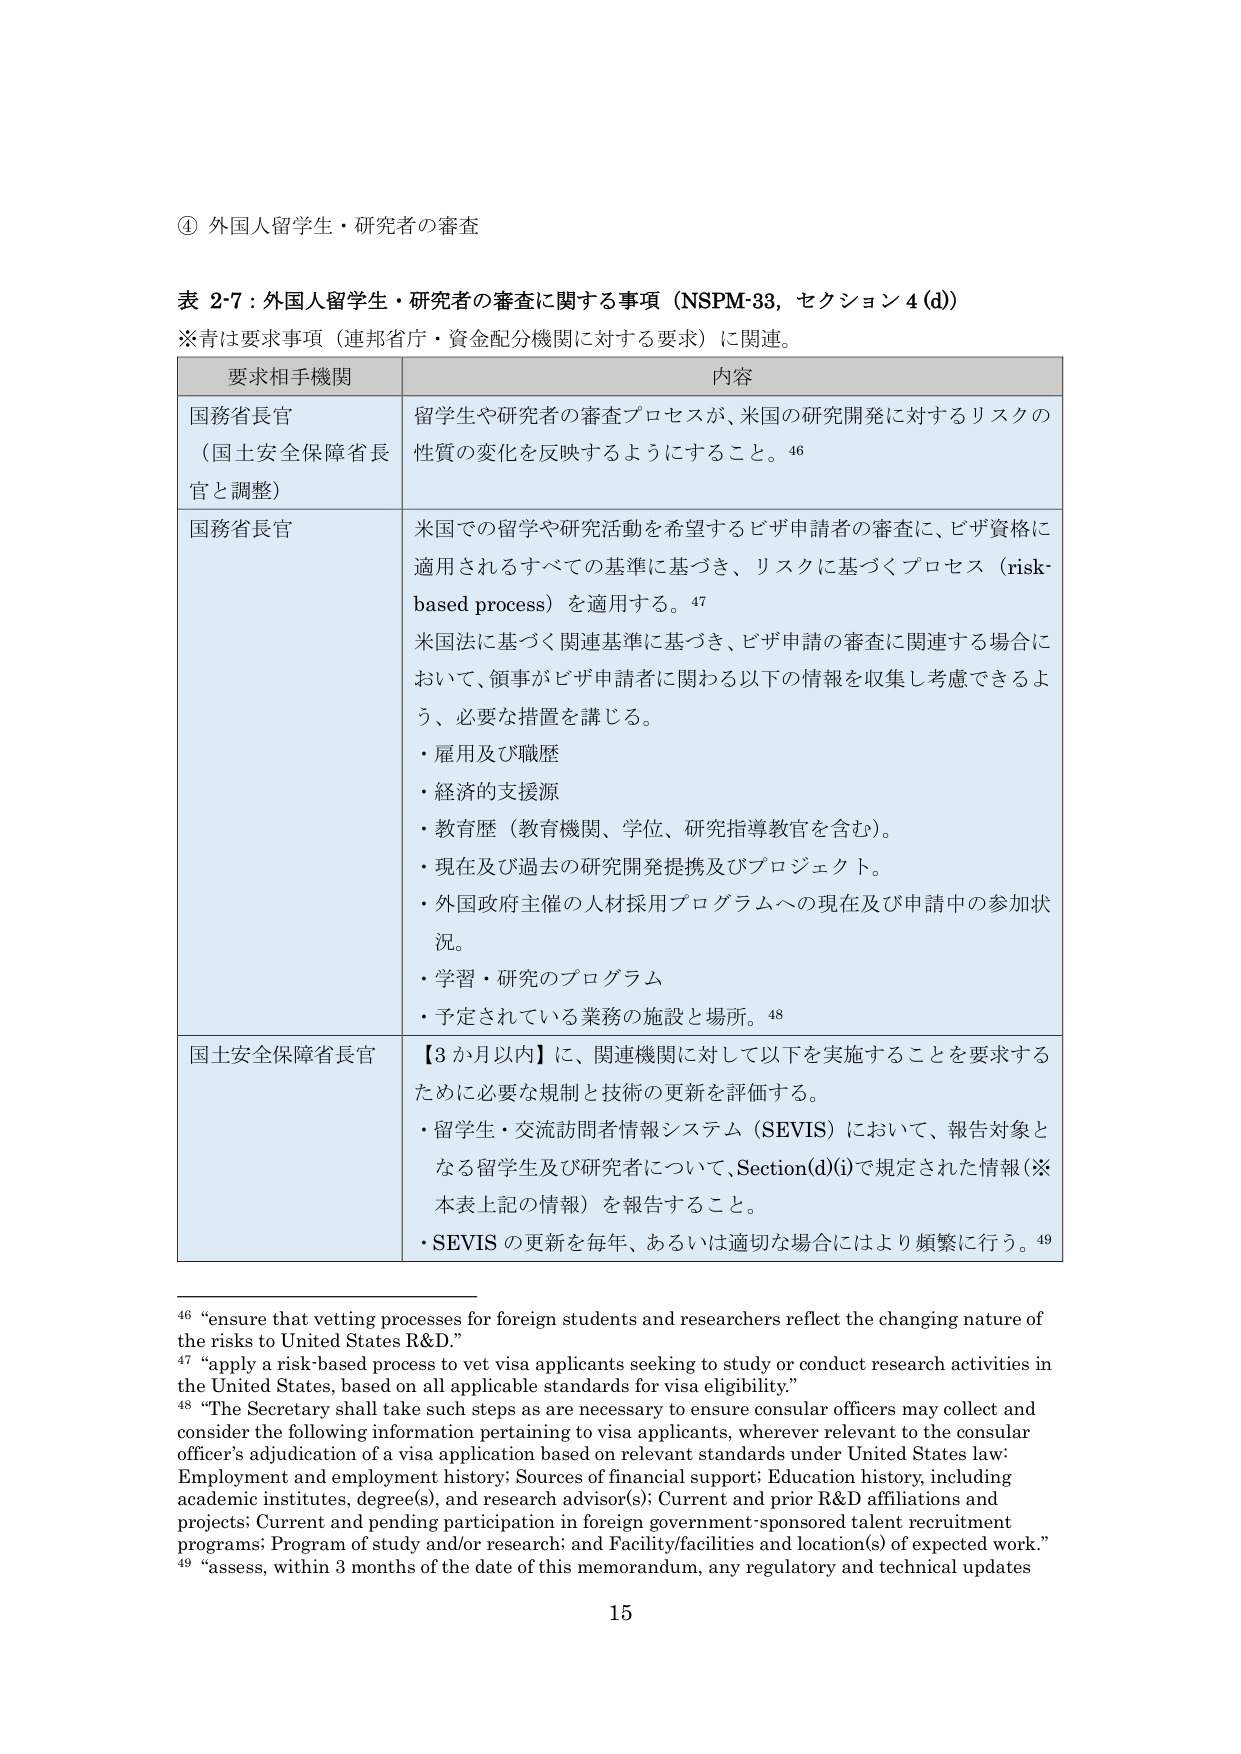
④ 外国人留学生・研究者の審査

表 2-7：外国人留学生・研究者の審査に関する事項（NSPM-33，セクション 4 (d)）
※青は要求事項（連邦省庁・資金配分機関に対する要求）に関連。

要求相手機関 内容
国務省長官 （国土安全保障省長官と調整） 留学生や研究者の審査プロセスが、米国の研究開発に対するリスクの性質の変化を反映するようにすること。46
国務省長官 米国での留学や研究活動を希望するビザ申請者の審査に、ビザ資格に適用されるすべての基準に基づき、リスクに基づくプロセス（risk-based process）を適用する。47
米国法に基づく関連基準に基づき、ビザ申請の審査に関連する場合において、領事がビザ申請者に関わる以下の情報を収集し考慮できるよう、必要な措置を講じる。
・雇用及び職歴
・経済的支援源
・教育歴（教育機関、学位、研究指導教官を含む）。
・現在及び過去の研究開発提携及びプロジェクト。
・外国政府主催の人材採用プログラムへの現在及び申請中の参加状況。
・学習・研究のプログラム
・予定されている業務の施設と場所。48
国土安全保障省長官 【3か月以内】に、関連機関に対して以下を実施することを要求するために必要な規制と技術の更新を評価する。
・留学生・交流訪問者情報システム（SEVIS）において、報告対象となる留学生及び研究者について、Section(d)(i)で規定された情報（※本表上記の情報）を報告すること。
・SEVIS の更新を毎年、あるいは適切な場合にはより頻繁に行う。49

46 “ensure that vetting processes for foreign students and researchers reflect the changing nature of the risks to United States R&D.”
47 “apply a risk-based process to vet visa applicants seeking to study or conduct research activities in the United States, based on all applicable standards for visa eligibility.”
48 “The Secretary shall take such steps as are necessary to ensure consular officers may collect and consider the following information pertaining to visa applicants, wherever relevant to the consular officer’s adjudication of a visa application based on relevant standards under United States law: Employment and employment history; Sources of financial support; Education history, including academic institutes, degree(s), and research advisor(s); Current and prior R&D affiliations and projects; Current and pending participation in foreign government-sponsored talent recruitment programs; Program of study and/or research; and Facility/facilities and location(s) of expected work.”
49 “assess, within 3 months of the date of this memorandum, any regulatory and technical updates

15